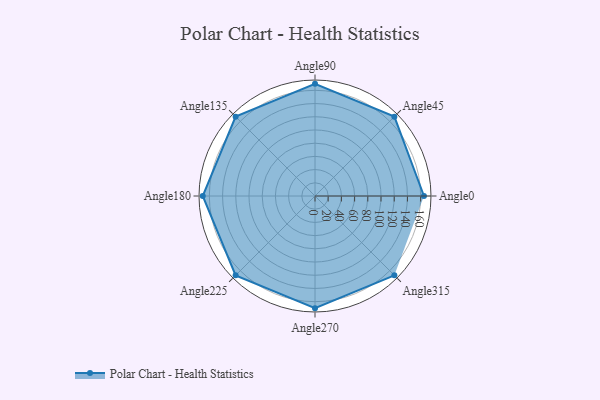
{"axis": {"x": "Angle", "y": "Radius"}, "legend": [""], "data": [{"x": "Angle0", "y": 165.0, "type": ""}, {"x": "Angle45", "y": 170, "type": ""}, {"x": "Angle90", "y": 170, "type": ""}, {"x": "Angle135", "y": 170, "type": ""}, {"x": "Angle180", "y": 170, "type": ""}, {"x": "Angle225", "y": 170, "type": ""}, {"x": "Angle270", "y": 170, "type": ""}, {"x": "Angle315", "y": 170, "type": ""}]}